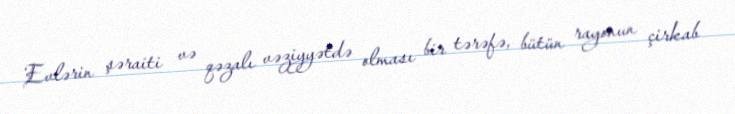
Evlərin şəraiti və qəzalı vəziyyətdə olması bir tərəfə, bütün rayonun çirkab